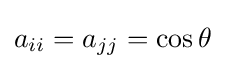
a_{ii}=a_{jj}=\cos \theta